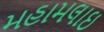
મહામલાઇ